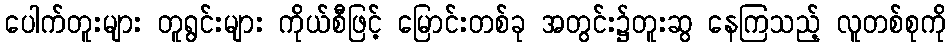
ပေါက်တူးများ တူရွင်းများ ကိုယ်စီဖြင့် မြောင်းတစ်ခု အတွင်း၌တူးဆွ နေကြသည့် လူတစ်စုကို